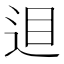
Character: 𨒚